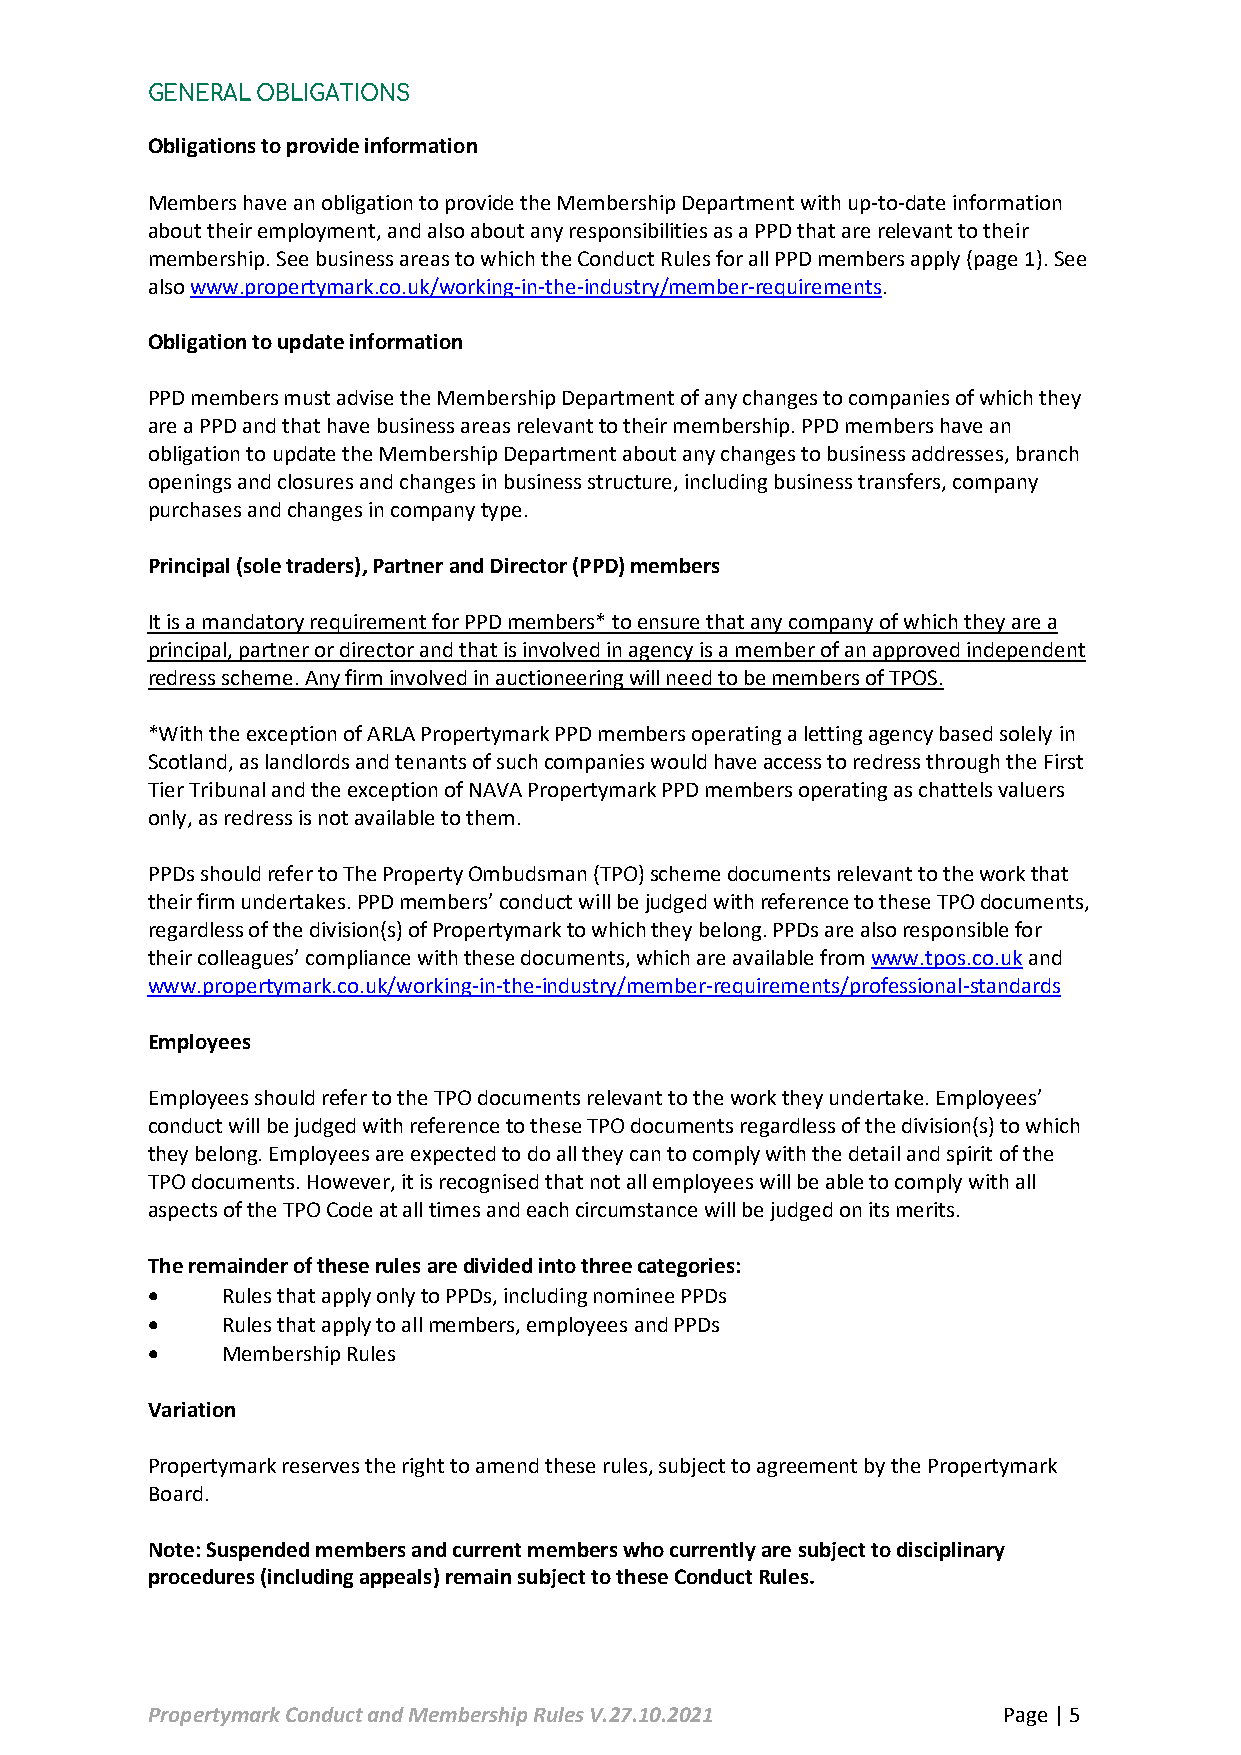
GENERAL OBLIGATIONS
 Obligations to provide information
 Members have an obligation to provide the Membership Department with up-to-date information
 about their employment, and also about any responsibilities as a PPD that are relevant to their
 membership. See business areas to which the Conduct Rules for all PPD members apply (page 1). See
 also www.propertymark.co.uk/working-in-the-industry/member-requirements.
 Obligation to update information
 PPD members must advise the Membership Department of any changes to companies of which they
 are a PPD and that have business areas relevant to their membership. PPD members have an
 obligation to update the Membership Department about any changes to business addresses, branch
 openings and closures and changes in business structure, including business transfers, company
 purchases and changes in company type.
 Principal (sole traders), Partner and Director (PPD) members
 It is a mandatory requirement for PPD members* to ensure that any company of which they are a
 principal, partner or director and that is involved in agency is a member of an approved independent
 redress scheme. Any firm involved in auctioneering will need to be members of TPOS.
 *With the exception of ARLA Propertymark PPD members operating a letting agency based solely in
 Scotland, as landlords and tenants of such companies would have access to redress through the First
 Tier Tribunal and the exception of NAVA Propertymark PPD members operating as chattels valuers
 only, as redress is not available to them.
 PPDs should refer to The Property Ombudsman (TPO) scheme documents relevant to the work that
 their firm undertakes. PPD members’ conduct will be judged with reference to these TPO documents,
 regardless of the division(s) of Propertymark to which they belong. PPDs are also responsible for
 their colleagues’ compliance with these documents, which are available from www.tpos.co.uk and
 www.propertymark.co.uk/working-in-the-industry/member-requirements/professional-standards
 Employees
 Employees should refer to the TPO documents relevant to the work they undertake. Employees’
 conduct will be judged with reference to these TPO documents regardless of the division(s) to which
 they belong. Employees are expected to do all they can to comply with the detail and spirit of the
 TPO documents. However, it is recognised that not all employees will be able to comply with all
 aspects of the TPO Code at all times and each circumstance will be judged on its merits.
 The remainder of these rules are divided into three categories:
 •    Rules that apply only to PPDs, including nominee PPDs
 •    Rules that apply to all members, employees and PPDs
 •    Membership Rules
 Variation
 Propertymark reserves the right to amend these rules, subject to agreement by the Propertymark
 Board.
 Note: Suspended members and current members who currently are subject to disciplinary
 procedures (including appeals) remain subject to these Conduct Rules.
 Propertymark Conduct and Membership Rules V.27.10.2021  Page | 5